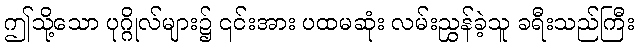
ဤသို့သော ပုဂ္ဂိုလ်များ၌ ၎င်းအား ပထမဆုံး လမ်းညွှန်ခဲ့သူ ခရီးသည်ကြီး